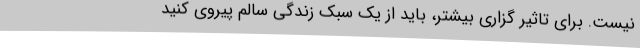
نیست. برای تاثیر گزاری بیشتر، باید از یک سبک زندگی سالم پیروی کنید